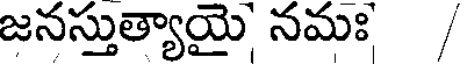
జనస్తుత్యాయై నమః /